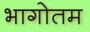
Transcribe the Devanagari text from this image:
भागोतम